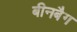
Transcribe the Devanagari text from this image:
बीनबैग